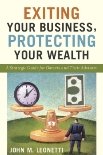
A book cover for Exiting Your Business, Protecting Your Wealth: A Strategic Guide For Owner's and Their Advisors; John M. Leonetti; Business & Money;